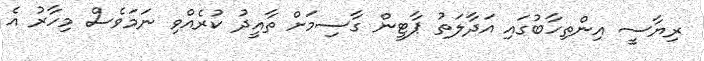
ރިޔާސީ އިންތިހާބުގައި އަދާލަތު ޕާޓީން ގާސިމަށް ތާއީދު ކުރެއްވި ނަމަވެސް މިހާރު އެ